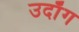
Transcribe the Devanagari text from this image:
उदाँग